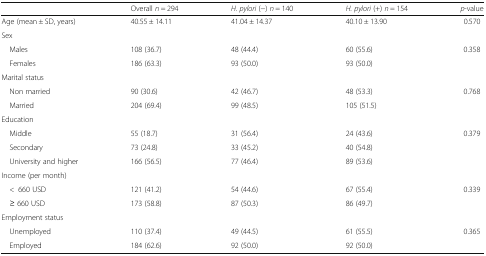
<table><thead><tr><td></td><td><b>Overall <i>n</i> = 294</b></td><td><b><i>H. pylori</i> (−) <i>n</i> = 140</b></td><td><b><i>H. pylori</i> (+) <i>n</i> = 154</b></td><td><b><i>p</i>-value</b></td></tr></thead><tbody><tr><td>Age (mean ± SD, years)</td><td>40.55 ± 14.11</td><td>41.04 ± 14.37</td><td>40.10 ± 13.90</td><td>0.570</td></tr><tr><td colspan="5">Sex</td></tr><tr><td> Males</td><td>108 (36.7)</td><td>48 (44.4)</td><td>60 (55.6)</td><td>0.358</td></tr><tr><td> Females</td><td>186 (63.3)</td><td>93 (50.0)</td><td>93 (50.0)</td><td></td></tr><tr><td colspan="5">Marital status</td></tr><tr><td> Non married</td><td>90 (30.6)</td><td>42 (46.7)</td><td>48 (53.3)</td><td>0.768</td></tr><tr><td> Married</td><td>204 (69.4)</td><td>99 (48.5)</td><td>105 (51.5)</td><td></td></tr><tr><td colspan="5">Education</td></tr><tr><td> Middle</td><td>55 (18.7)</td><td>31 (56.4)</td><td>24 (43.6)</td><td>0.379</td></tr><tr><td> Secondary</td><td>73 (24.8)</td><td>33 (45.2)</td><td>40 (54.8)</td><td></td></tr><tr><td> University and higher</td><td>166 (56.5)</td><td>77 (46.4)</td><td>89 (53.6)</td><td></td></tr><tr><td colspan="5">Income (per month)</td></tr><tr><td> &lt;660 USD</td><td>121 (41.2)</td><td>54 (44.6)</td><td>67 (55.4)</td><td>0.339</td></tr><tr><td> ≥ 660 USD</td><td>173 (58.8)</td><td>87 (50.3)</td><td>86 (49.7)</td><td></td></tr><tr><td colspan="5">Employment status</td></tr><tr><td> Unemployed</td><td>110 (37.4)</td><td>49 (44.5)</td><td>61 (55.5)</td><td>0.365</td></tr><tr><td> Employed</td><td>184 (62.6)</td><td>92 (50.0)</td><td>92 (50.0)</td><td></td></tr></tbody></table>